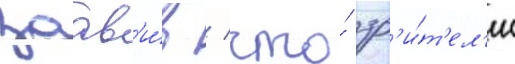
заав'и́в / что́ зр'и́т'ел'и